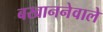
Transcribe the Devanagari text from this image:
बखाननेवाले